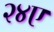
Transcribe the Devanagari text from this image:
२४ए